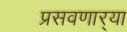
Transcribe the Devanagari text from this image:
प्रसवणार्‍या